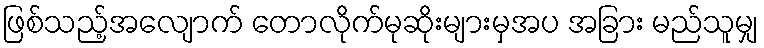
ဖြစ်သည့်အလျောက် တောလိုက်မုဆိုးများမှအပ အခြား မည်သူမျှ